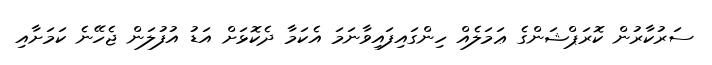
ސަރުކާރުން ކޮރަޕްޝަންގެ ޢަމަލެއް ހިންގައިފައިވާނަމަ އެކަމާ ދެކޮޅަށް އަޑު އުފުލަން ޖެހޭނެ ކަމަށާއި